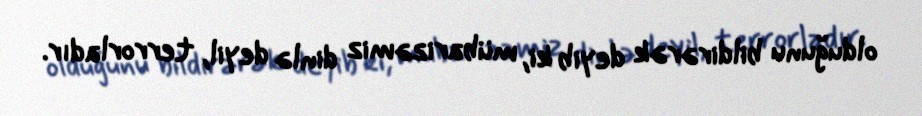
olduğunu bildirərək deyib ki, mübarizəmiz dinlə deyil, terrorladır.